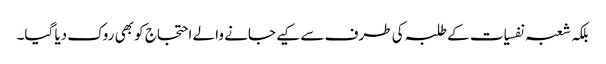
بلکہ شعبہ نفسیات کے طلبہ کی طرف سے کیے جانے والے احتجاج کو بھی روک دیا گیا۔